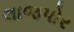
લાજપોર